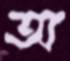
অ